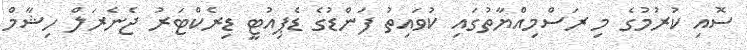
ސޮއި ކުރުމުގެ މި ރަސްމިއްޔާތުގައި ކުވައިތު ފަންޑުގެ ޑެޕިއުޓީ ޑިރެކްޓަރު ޖެނެރަލް ހިޝާމް